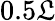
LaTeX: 0.5\mathfrak{L}